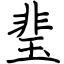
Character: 㻗